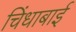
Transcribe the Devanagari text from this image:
चिंधाबाई